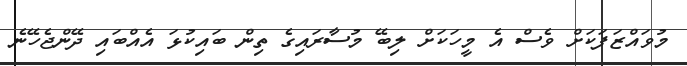
މުވައްޒަފަކަށް ވެސް އެ މީހަކަށް ލިބޭ މުސާރައިގެ ތިން ބައިކުޅަ އެއްބައި ދޭންޖެހޭނެ